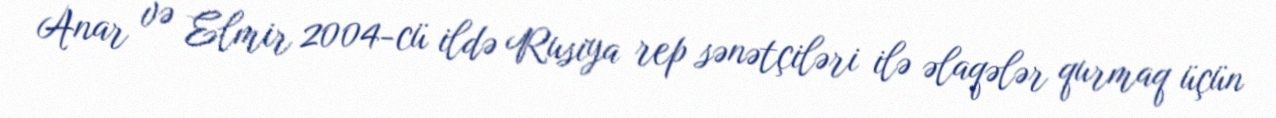
Anar və Elmir 2004-cü ildə Rusiya rep sənətçiləri ilə əlaqələr qurmaq üçün